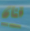
فنان